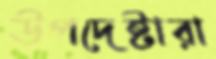
উপদেষ্টারা